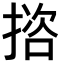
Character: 𢱆